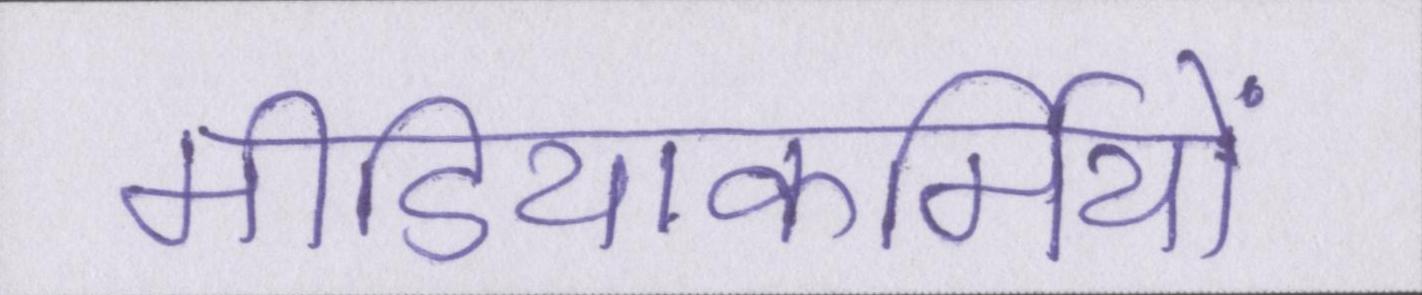
मीडियाकर्मियों